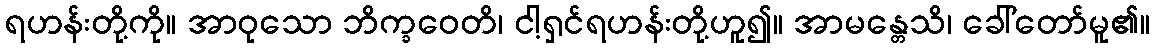
ရဟန်းတို့ကို။ အာဝုသော ဘိက္ခဝေတိ၊ ငါ့ရှင်ရဟန်းတို့ဟူ၍။ အာမန္တေသိ၊ ခေါ်တော်မူ၏။